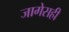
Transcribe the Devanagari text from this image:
जागेसही